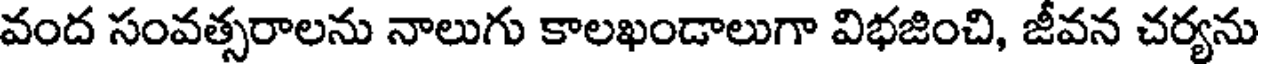
వంద సంవత్సరాలను నాలుగు కాలఖండాలుగా విభజించి, జీవన చర్యను